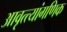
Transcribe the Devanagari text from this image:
आवृत्त्यांगणिक